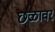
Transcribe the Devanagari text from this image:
छळावर